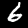
Label: 6